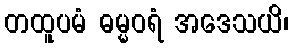
တထူပမံ ဓမ္မဝရံ အဒေသယိ၊